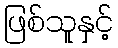
ဖြစ်သူနှင့်